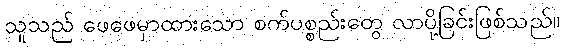
သူသည် ဖေဖေမှာထားသော စက်ပစ္စည်းတွေ လာပို့ခြင်းဖြစ်သည်။